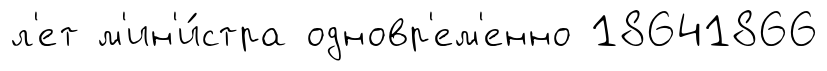
л'ет м'ин'и́стра одновр'ем'енно 18641866